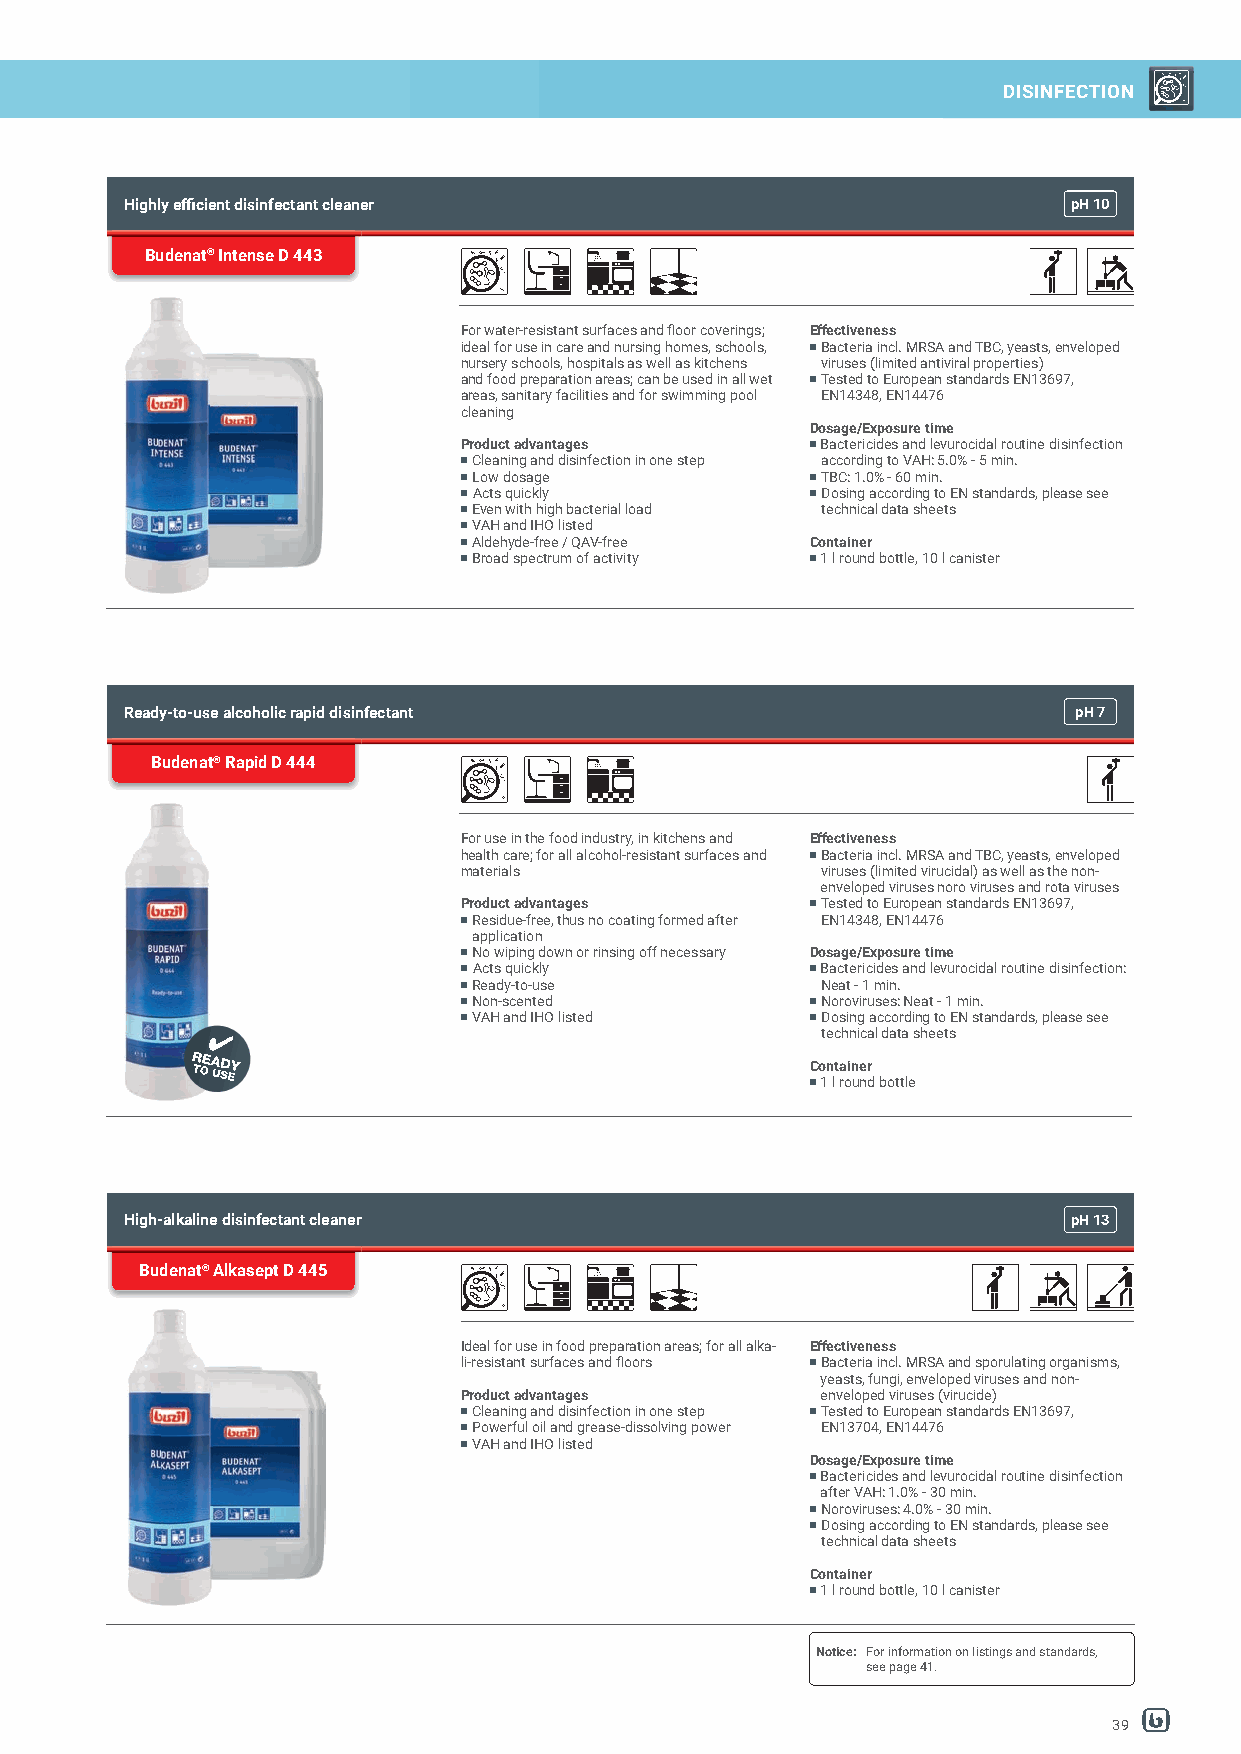
DISINFECTION
 Highly effi cient disinfectant cleaner                         pH10
 Budenat® Intense D 443
 For water-resistant surfaces and fl oor coverings; Effectiveness
 ideal for use in care and nursing homes, schools, Bacteria incl. MRSA and TBC, yeasts, enveloped
 nursery schools, hospitals as well as kitchens viruses (limited antiviral properties)
 and food preparation areas; can be used in all wet Tested to European standards EN13697,
 areas, sanitary facilities and for swimming pool EN14348, EN14476
 cleaning
 Dosage/Exposure time
 Product advantages      Bactericides and levurocidal routine disinfection
 Cleaning and disinfection in one step according to VAH: 5.0% - 5 min.
 Low dosage             TBC: 1.0% - 60 min.
 Acts quickly           Dosing according to EN standards, please see
 Even with high bacterial load technical data sheets
 VAH and IHO listed
 Aldehyde-free / QAV-free Container
 Broad spectrum of activity 1 l round bottle, 10 l canister
 Ready-to-use alcoholic rapid disinfectant                      pH7
 Budenat® Rapid D 444
 For use in the food industry, in kitchens and Effectiveness
 health care; for all alcohol-resistant surfaces and Bacteria incl. MRSA and TBC, yeasts, enveloped
 materials               viruses (limited virucidal) as well as the non-
 enveloped viruses noro viruses and rota viruses
 Product advantages      Tested to European standards EN13697,
 Residue-free, thus no coating formed after EN14348, EN14476
 application
 No wiping down or rinsing off necessary Dosage/Exposure time
 Acts quickly           Bactericides and levurocidal routine disinfection:
 Ready-to-use           Neat - 1 min.
 Non-scented            Noroviruses: Neat - 1 min.
 VAH and IHO listed     Dosing according to EN standards, please see
 technical data sheets
 Container
 1 l round bottle
 High-alkaline disinfectant cleaner                             pH13
 Budenat® Alkasept D 445
 Ideal for use in food preparation areas; for all alka- Effectiveness
 li-resistant surfaces and fl oors Bacteria incl. MRSA and sporulating organisms,
 yeasts, fungi, enveloped viruses and non-
 Product advantages      enveloped viruses (virucide)
 Cleaning and disinfection in one step Tested to European standards EN13697,
 Powerful oil and grease-dissolving power EN13704, EN14476
 VAH and IHO listed
 Dosage/Exposure time
 Bactericides and levurocidal routine disinfection
 after VAH: 1.0% - 30 min.
 Noroviruses: 4.0% - 30 min.
 Dosing according to EN standards, please see
 technical data sheets
 Container
 1 l round bottle, 10 l canister
 Notice: For information on listings and standards,
 see page 41.
 39